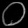
Digit: ၀